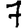
Digit: 7